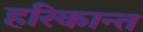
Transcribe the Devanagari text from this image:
हरिकान्त